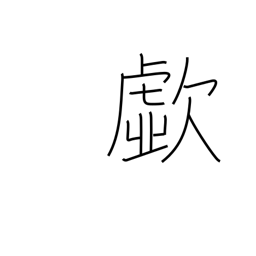
Meaning: cry